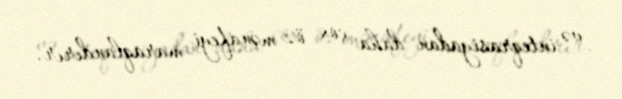
və inteqrasiyadan daha çox öz mənafeyi maraqlandırır.